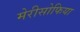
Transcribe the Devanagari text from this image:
मेरीसोफिया